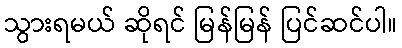
သွားရမယ် ဆိုရင် မြန်မြန် ပြင်ဆင်ပါ။